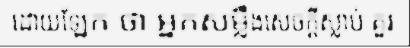
ដោយឡែក ថា អ្នកសម្លឹងសេចក្តីស្លាប់ គួរ